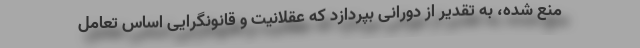
منع شده، به تقدیر از دورانی بپردازد که عقلانیت و قانونگرایی اساس تعامل